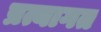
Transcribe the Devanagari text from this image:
प्रत्यागत